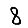
Digit: 8